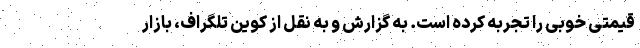
قیمتی خوبی را تجربه کرده است. به گزارش و به نقل از کوین تلگراف، بازار